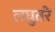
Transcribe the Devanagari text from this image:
लघुतरे